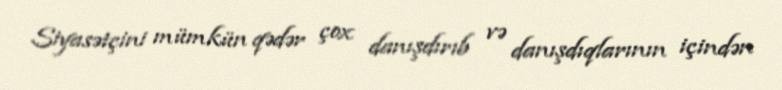
Siyasətçini mümkün qədər çox danışdırıb və danışdıqlarının içindən